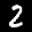
Label: 2